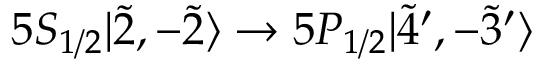
5 S _ { 1 / 2 } | \Tilde { 2 } , - \Tilde { 2 } \rangle \rightarrow 5 P _ { 1 / 2 } | \Tilde { 4 } ^ { \prime } , - \Tilde { 3 } ^ { \prime } \rangle